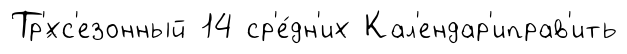
Тр'́хс'езонный 14 ср'е́дн'их Кал'ендар'иправ'ить